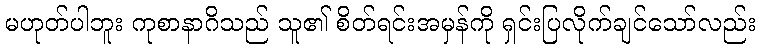
မဟုတ်ပါဘူး ကုစာနာဂိသည် သူ၏ စိတ်ရင်းအမှန်ကို ရှင်းပြလိုက်ချင်သော်လည်း